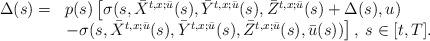
LaTeX: \begin{align*}\begin{array}[c]{rl}\Delta(s)=&p(s)\left[\sigma(s,\bar{X}^{t,x;\bar{u}}(s),\bar{Y}^{t,x;\bar{u}}(s),\bar{Z}^{t,x;\bar{u}}(s)+\Delta(s),u)\right.\\&\left.-\sigma(s,\bar{X}^{t,x;\bar{u}}(s),\bar{Y}^{t,x;\bar{u}}(s),\bar{Z}^{t,x;\bar{u}}(s),\bar{u}(s))\right],\;s\in\lbrack t,T].\end{array} \end{align*}